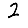
Digit: 2